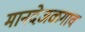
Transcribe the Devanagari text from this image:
मानदेजळगाव